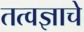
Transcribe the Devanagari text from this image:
तत्वज्ञाचे